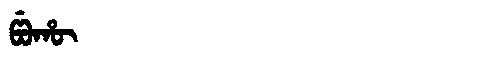
Manchu: ᡦᡠᡥᡡ
Romanization: PUHŪ